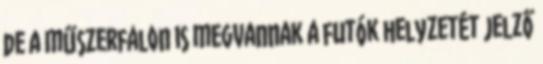
de a műszerfalon is megvannak a futók helyzetét jelző